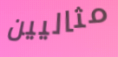
مثاليين